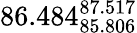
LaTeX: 86.484_{85.806}^{87.517}